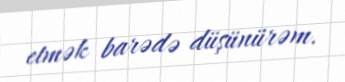
etmək barədə düşünürəm.